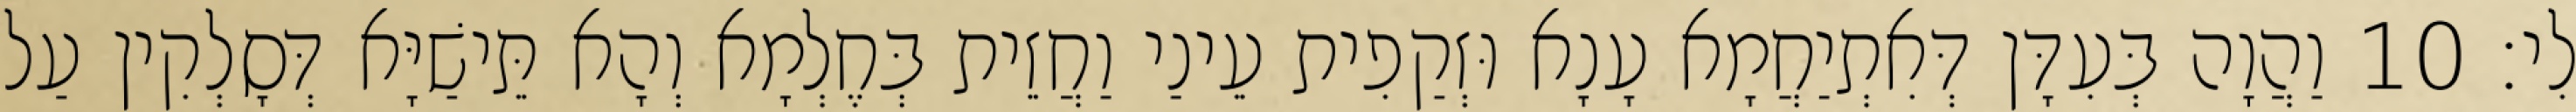
לִי׃ 10 וַהֲוָה בְּעִדָּן דְּאִתְיַחֲמָא עָנָא וּזְקַפִית עֵינַי וַחֲזֵית בְּחֶלְמָא וְהָא תֵּישַׁיָּא דְּסָלְקִין עַל